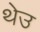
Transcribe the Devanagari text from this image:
थेउ